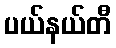
ပယ်နယ်တီ